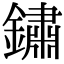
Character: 鏽